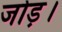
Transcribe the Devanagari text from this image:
जोड़।